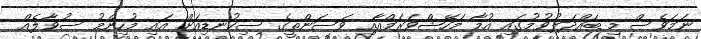
ނަމަވެސް މި ބައްދަލުވުމުގައި އުމާ މަހޭޝްވަރަމްއާއި ވަސަންތީގެ ސިކުނޑިއަށް އައި މުހިންމު ސުވާލެއް